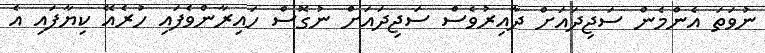
ނުވަތަ އެންމެން ސަޖިދައަށް ދާއިރުވެސް ސަޖިދައަށް ނުގޮސް ހައިރާންވެފައި ހުރެއޭ ކިޔާފައި އެ